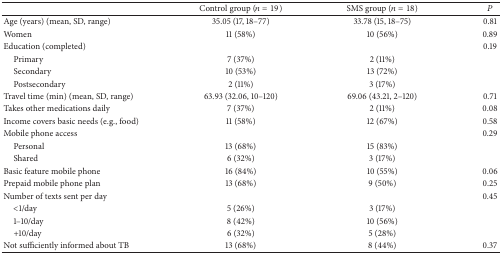
|  | Control group (n = 19) | SMS group (n = 18) | P |
 | --- | --- | --- | --- |
 | Age (years) (mean, SD, range) | 35.05 (17, 18–77) | 33.78 (15, 18–75) | 0.81 |
 | Women | 11 (58%) | 10 (56%) | 0.89 |
 | Education (completed) |  |  | 0.19 |
 | Primary | 7 (37%) | 2 (11%) |  |
 | Secondary | 10 (53%) | 13 (72%) |  |
 | Postsecondary | 2 (11%) | 3 (17%) |  |
 | Travel time (min) (mean, SD, range) | 63.93 (32.06, 10–120) | 69.06 (43.21, 2–120) | 0.71 |
 | Takes other medications daily | 7 (37%) | 2 (11%) | 0.08 |
 | Income covers basic needs (e.g., food) | 11 (58%) | 12 (67%) | 0.58 |
 | Mobile phone access |  |  | 0.29 |
 | Personal | 13 (68%) | 15 (83%) |  |
 | Shared | 6 (32%) | 3 (17%) |  |
 | Basic feature mobile phone | 16 (84%) | 10 (55%) | 0.06 |
 | Prepaid mobile phone plan | 13 (68%) | 9 (50%) | 0.25 |
 | Number of texts sent per day |  |  | 0.45 |
 | <1/day | 5 (26%) | 3 (17%) |  |
 | 1–10/day | 8 (42%) | 10 (56%) |  |
 | +10/day | 6 (32%) | 5 (28%) |  |
 | Not sufficiently informed about TB | 13 (68%) | 8 (44%) | 0.37 |